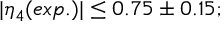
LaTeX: | \eta _ { 4 } ( e x p . ) | \leq 0 . 7 5 \pm 0 . 1 5 ;